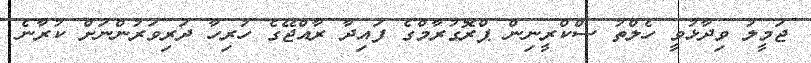
ޖަމީލު ވިދާޅުވީ ހެލްތު ސްކްރީނިން ޕްރޮގުރާމްގެ ފައިދާ ރާއްޖޭގެ ހުރިހާ ދަރިވަރުންނަށް ކުރާނެ